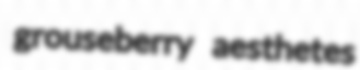
grouseberry aesthetes